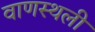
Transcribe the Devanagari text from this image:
वाणस्थली